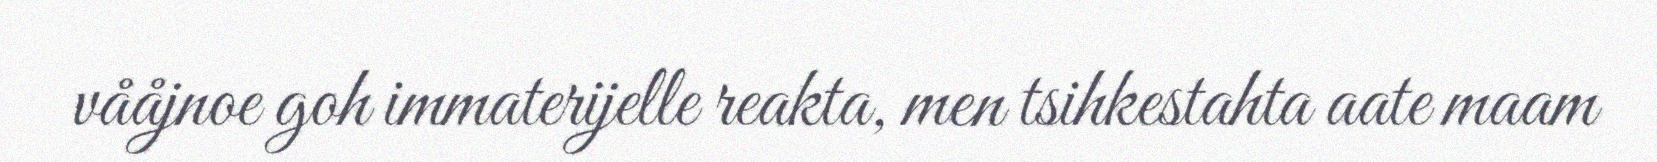
vååjnoe goh immaterijelle reakta, men tsihkestahta aate maam